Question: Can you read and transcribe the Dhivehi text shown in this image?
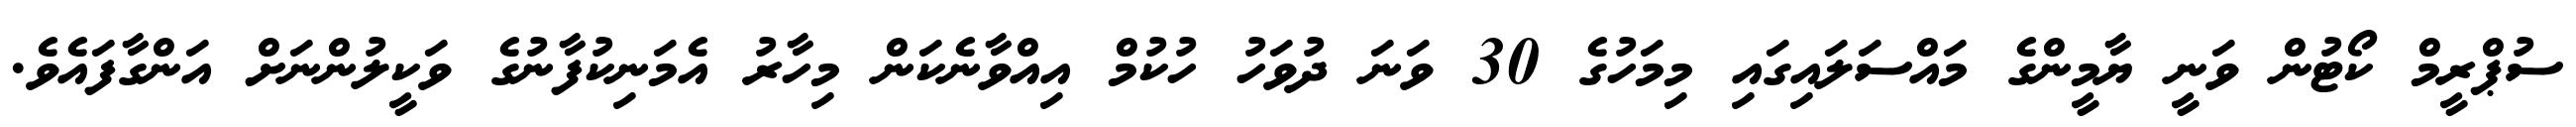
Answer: ސުޕްރީމް ކޯޓުން ވަނީ ޔާމީންގެ މައްސަލައިގައި މިމަހުގެ 30 ވަނަ ދުވަހު ހުކުމް އިއްވާނެކަން މިހާރު އެމަނިކުފާނުގެ ވަކީލުންނަށް އަންގާފައެވެ.